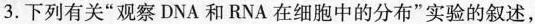
3.下列有关”观察DNA和RNA在细胞中的分布”实验的叙述，